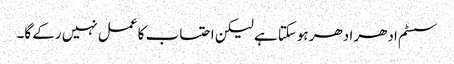
سسٹم ادھر ادھر ہوسکتا ہے لیکن احتساب کا عمل نہیں رکے گا۔